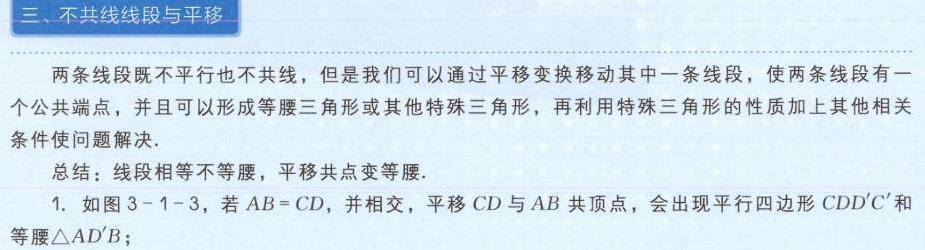
三、不共线线段与平移

两条线段既不平行也不共线，但是我们可以通过平移变换移动其中一条线段，使两条线段有一个公共端点，并且可以形成等腰三角形或其他特殊三角形，再利用特殊三角形的性质加上其他相关条件使问题解决.

总结：线段相等不等腰，平移共点变等腰.

1. 如图3 - 1 - 3，若\(AB = CD\)，并相交，平移\(CD\)与\(AB\)共顶点，会出现平行四边形\(CDD^{\prime}C^{\prime}\)和等腰\(\triangle AD^{\prime}B\)；